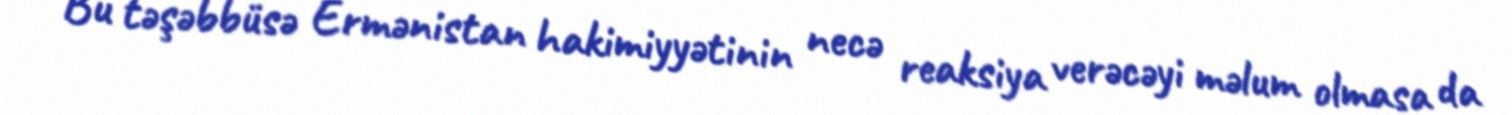
Bu təşəbbüsə Ermənistan hakimiyyətinin necə reaksiya verəcəyi məlum olmasa da